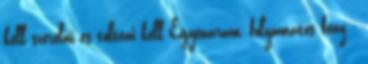
kell szerelni és tölteni kell Egyenáram, folyamatos fény -